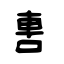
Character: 軎